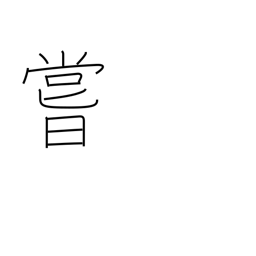
Meaning: ever